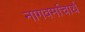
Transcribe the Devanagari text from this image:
नागवर्माचार्य